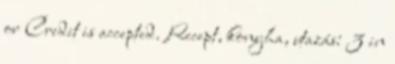
or Credit is accepted. Recept, konyha, utazás: 3 in